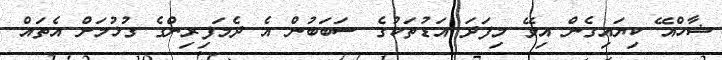
ޝާހްއޭ ކިޔައިގެން އިވޭ މިފަދަ އަޑުތަކުގެ ސަބަބުން އެ ދެމަފިރިންގެ ގުޅުމަށް އެތައް